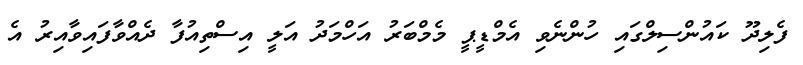
ފެލިދޫ ކައުންސިލްގައި ހުންނެވި އެމްޑީޕީ މެމްބަރު އަހްމަދު އަލީ އިސްތިއުފާ ދެއްވާފައިވާއިރު އެ